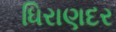
ધિરાણદર